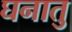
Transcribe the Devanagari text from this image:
घनातु